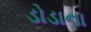
ડોડાના